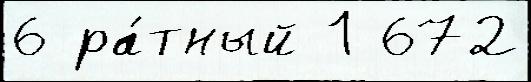
6 ра́тный 1 672